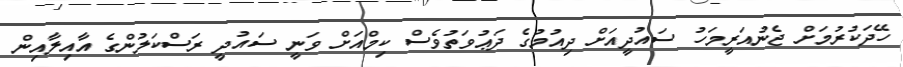
ހޭދަކުރުމަށް ޖެނުއަރީމަހު ސައުދީއަށް ދިއުމުގެ ދަޢުވަތުވެސް ކިމްއަށް ވަނީ ސައުދީ ރަސްކަލުންގެ އާއިލާއިން